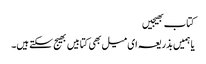
کتاب بھیجیں
یا ہمیں بذریعہ ای میل بھی کتابیں بھیج سکتے ہیں۔